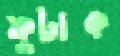
ফুটাক